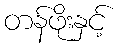
တန်ဖိုးနှင့်